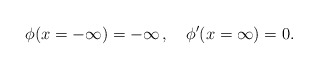
\begin{align*}\phi(x= - \infty) = -\infty\,,\quad\phi'(x = \infty) = 0.\end{align*}